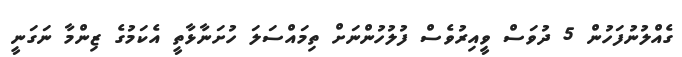
ގެއްލުނުފަހުން 5 ދުވަސް ވިީއިރުވެސް ފުލުހުންނަށް ތިމައްސަލަ ހުށަނާޅާތީ އެކަމުގެ ޒިންމާ ނަގަނީ